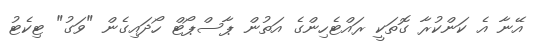
އޭނާ އެ ކަންކުރާ ގޮތަކީ ރައްޓެހިންގެ އަތުން ޕާސްޕޯޓް ހޯދައިގެން "ވަގު" ޓިކެޓު